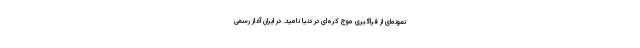
نمونه‌ای از فراگیری موج کره‌ای در دنیا نامید. در ایران آغاز رسمی